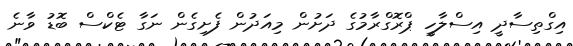
އިގްތިސާދީ އިސްލާހީ ޕްރޮގްރާމުގެ ދަށުން މިއަދުން ފެށިގެން ނަގާ ޓެކްސް ބޮޑު ވާނެ